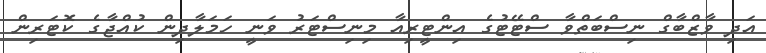
އަދި ވާޒްބާގް ނިސްބަތްވާ ސްޓޭޓުގެ އިންޓީރިއާ މިނިސްޓަރު ވަނީ ހަމަލާދިން ކުއްޖާގެ ކޮޓަރިން